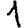
Digit: 1